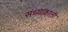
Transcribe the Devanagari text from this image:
संध्याकाली